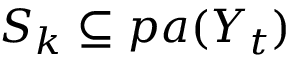
S _ { k } \subseteq p a ( Y _ { t } )